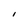
Character: I